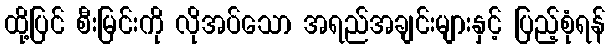
ထို့ပြင် စီးမြင်းကို လိုအပ်သော အရည်အချင်းများနှင့် ပြည့်စုံရန်